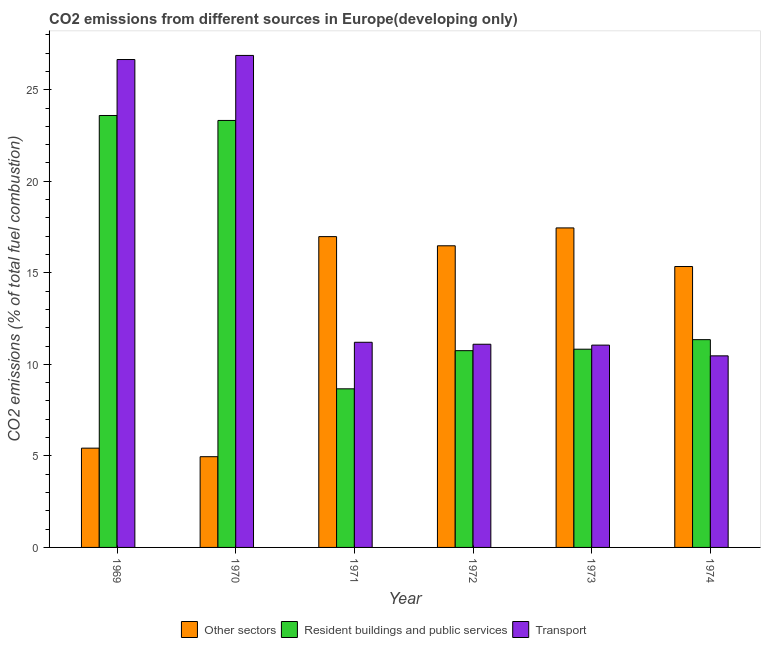
| Year | Other sectors | Resident buildings and public services | Transport |
 | --- | --- | --- | --- |
 | 1969 | 5.42 | 23.6 | 26.7 |
 | 1970 | 4.96 | 23.3 | 26.9 |
 | 1971 | 17 | 8.66 | 11.2 |
 | 1972 | 16.5 | 10.7 | 11.1 |
 | 1973 | 17.5 | 10.8 | 11.1 |
 | 1974 | 15.3 | 11.3 | 10.5 |